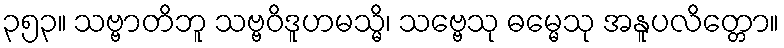
၃၅၃။ သဗ္ဗာတိဘူ သဗ္ဗဝိဒူဟမသ္မိ၊ သဗ္ဗေသု ဓမ္မေသု အနူပလိတ္တော။